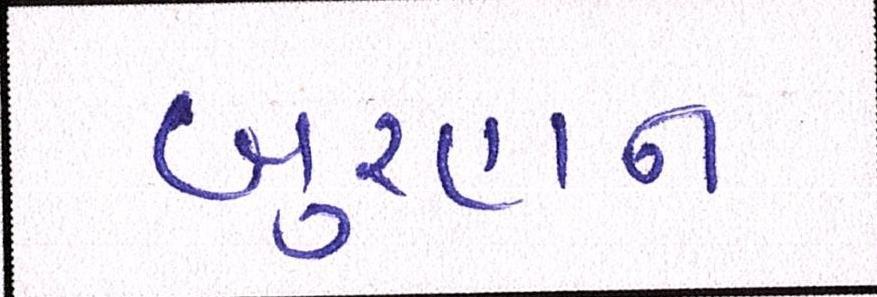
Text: બુરહાન